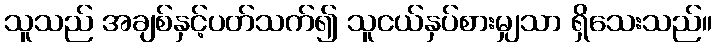
သူသည် အချစ်နှင့်ပတ်သက်၍ သူငယ်နှပ်စားမျှသာ ရှိသေးသည်။